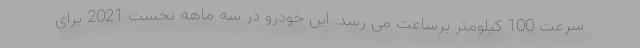
سرعت 100 کیلومتر برساعت می رسد. این خودرو در سه ماهه نخست 2021 برای